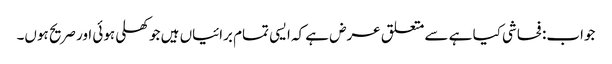
جواب: فحاشی کیا ہے سے متعلق عرض ہے کہ ایسی تمام برائیاں ہیں جو کھلی ہوئی اور صریح ہوں۔